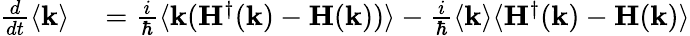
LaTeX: \begin{array}{rl}{\frac{d}{dt}\langle\mathbf{k}\rangle}&{{}=\frac{i}{\hbar}\langle\mathbf{k}(\mathbf{H}^{\dagger}(\mathbf{k})-\mathbf{H}(\mathbf{k}))\rangle-\frac{i}{\hbar}\langle\mathbf{k}\rangle\langle\mathbf{H}^{\dagger}(\mathbf{k})-\mathbf{H}(\mathbf{k})\rangle}\end{array}